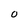
Character: O